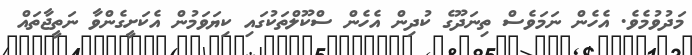
މަދުވުމެވެ. އެހެން ނަމަވެސް ތިނަދޫގެ ކުދިން އެހެން ސްކޫލްތަކުގައި ކިޔަވަމުން އެކަށީގެންވާ ނަތީޖާތައް